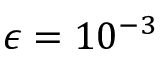
\epsilon = 1 0 ^ { - 3 }